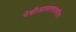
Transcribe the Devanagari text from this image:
पेशीआवरणावरील